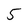
Character: 5